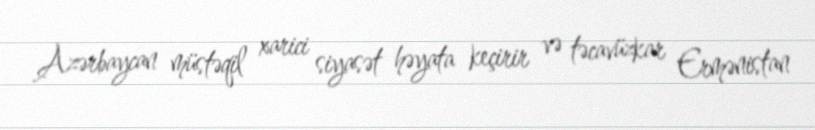
Azərbaycan müstəqil xarici siyasət həyata keçirir və təcavüzkar Ermənistan